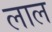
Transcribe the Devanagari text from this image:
लाल